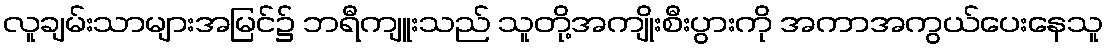
လူချမ်းသာများအမြင်၌ ဘရီကျူးသည် သူတို့အကျိုးစီးပွားကို အကာအကွယ်ပေးနေသူ